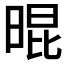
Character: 𣈀